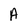
Character: A